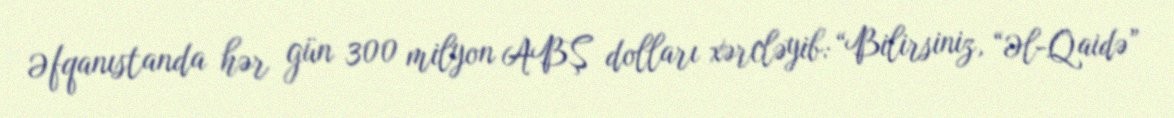
Əfqanıstanda hər gün 300 milyon ABŞ dolları xərcləyib: “Bilirsiniz, “Əl-Qaidə”